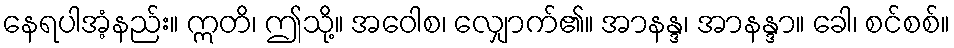
နေရပါအံ့နည်း။ ဣတိ၊ ဤသို့။ အဝေါစ၊ လျှောက်၏။ အာနန္ဒ၊ အာနန္ဒာ။ ခေါ၊ စင်စစ်။